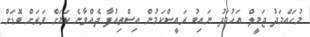
މުހައްމަދު ޖަމީލް އަހުމަދު ނައިބު ރައީސްކަމުން އިސްތިއުފާ ދެއްވާނެ ކަމަށް ވަރަށް ބޮޑަށް